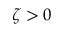
\zeta > 0